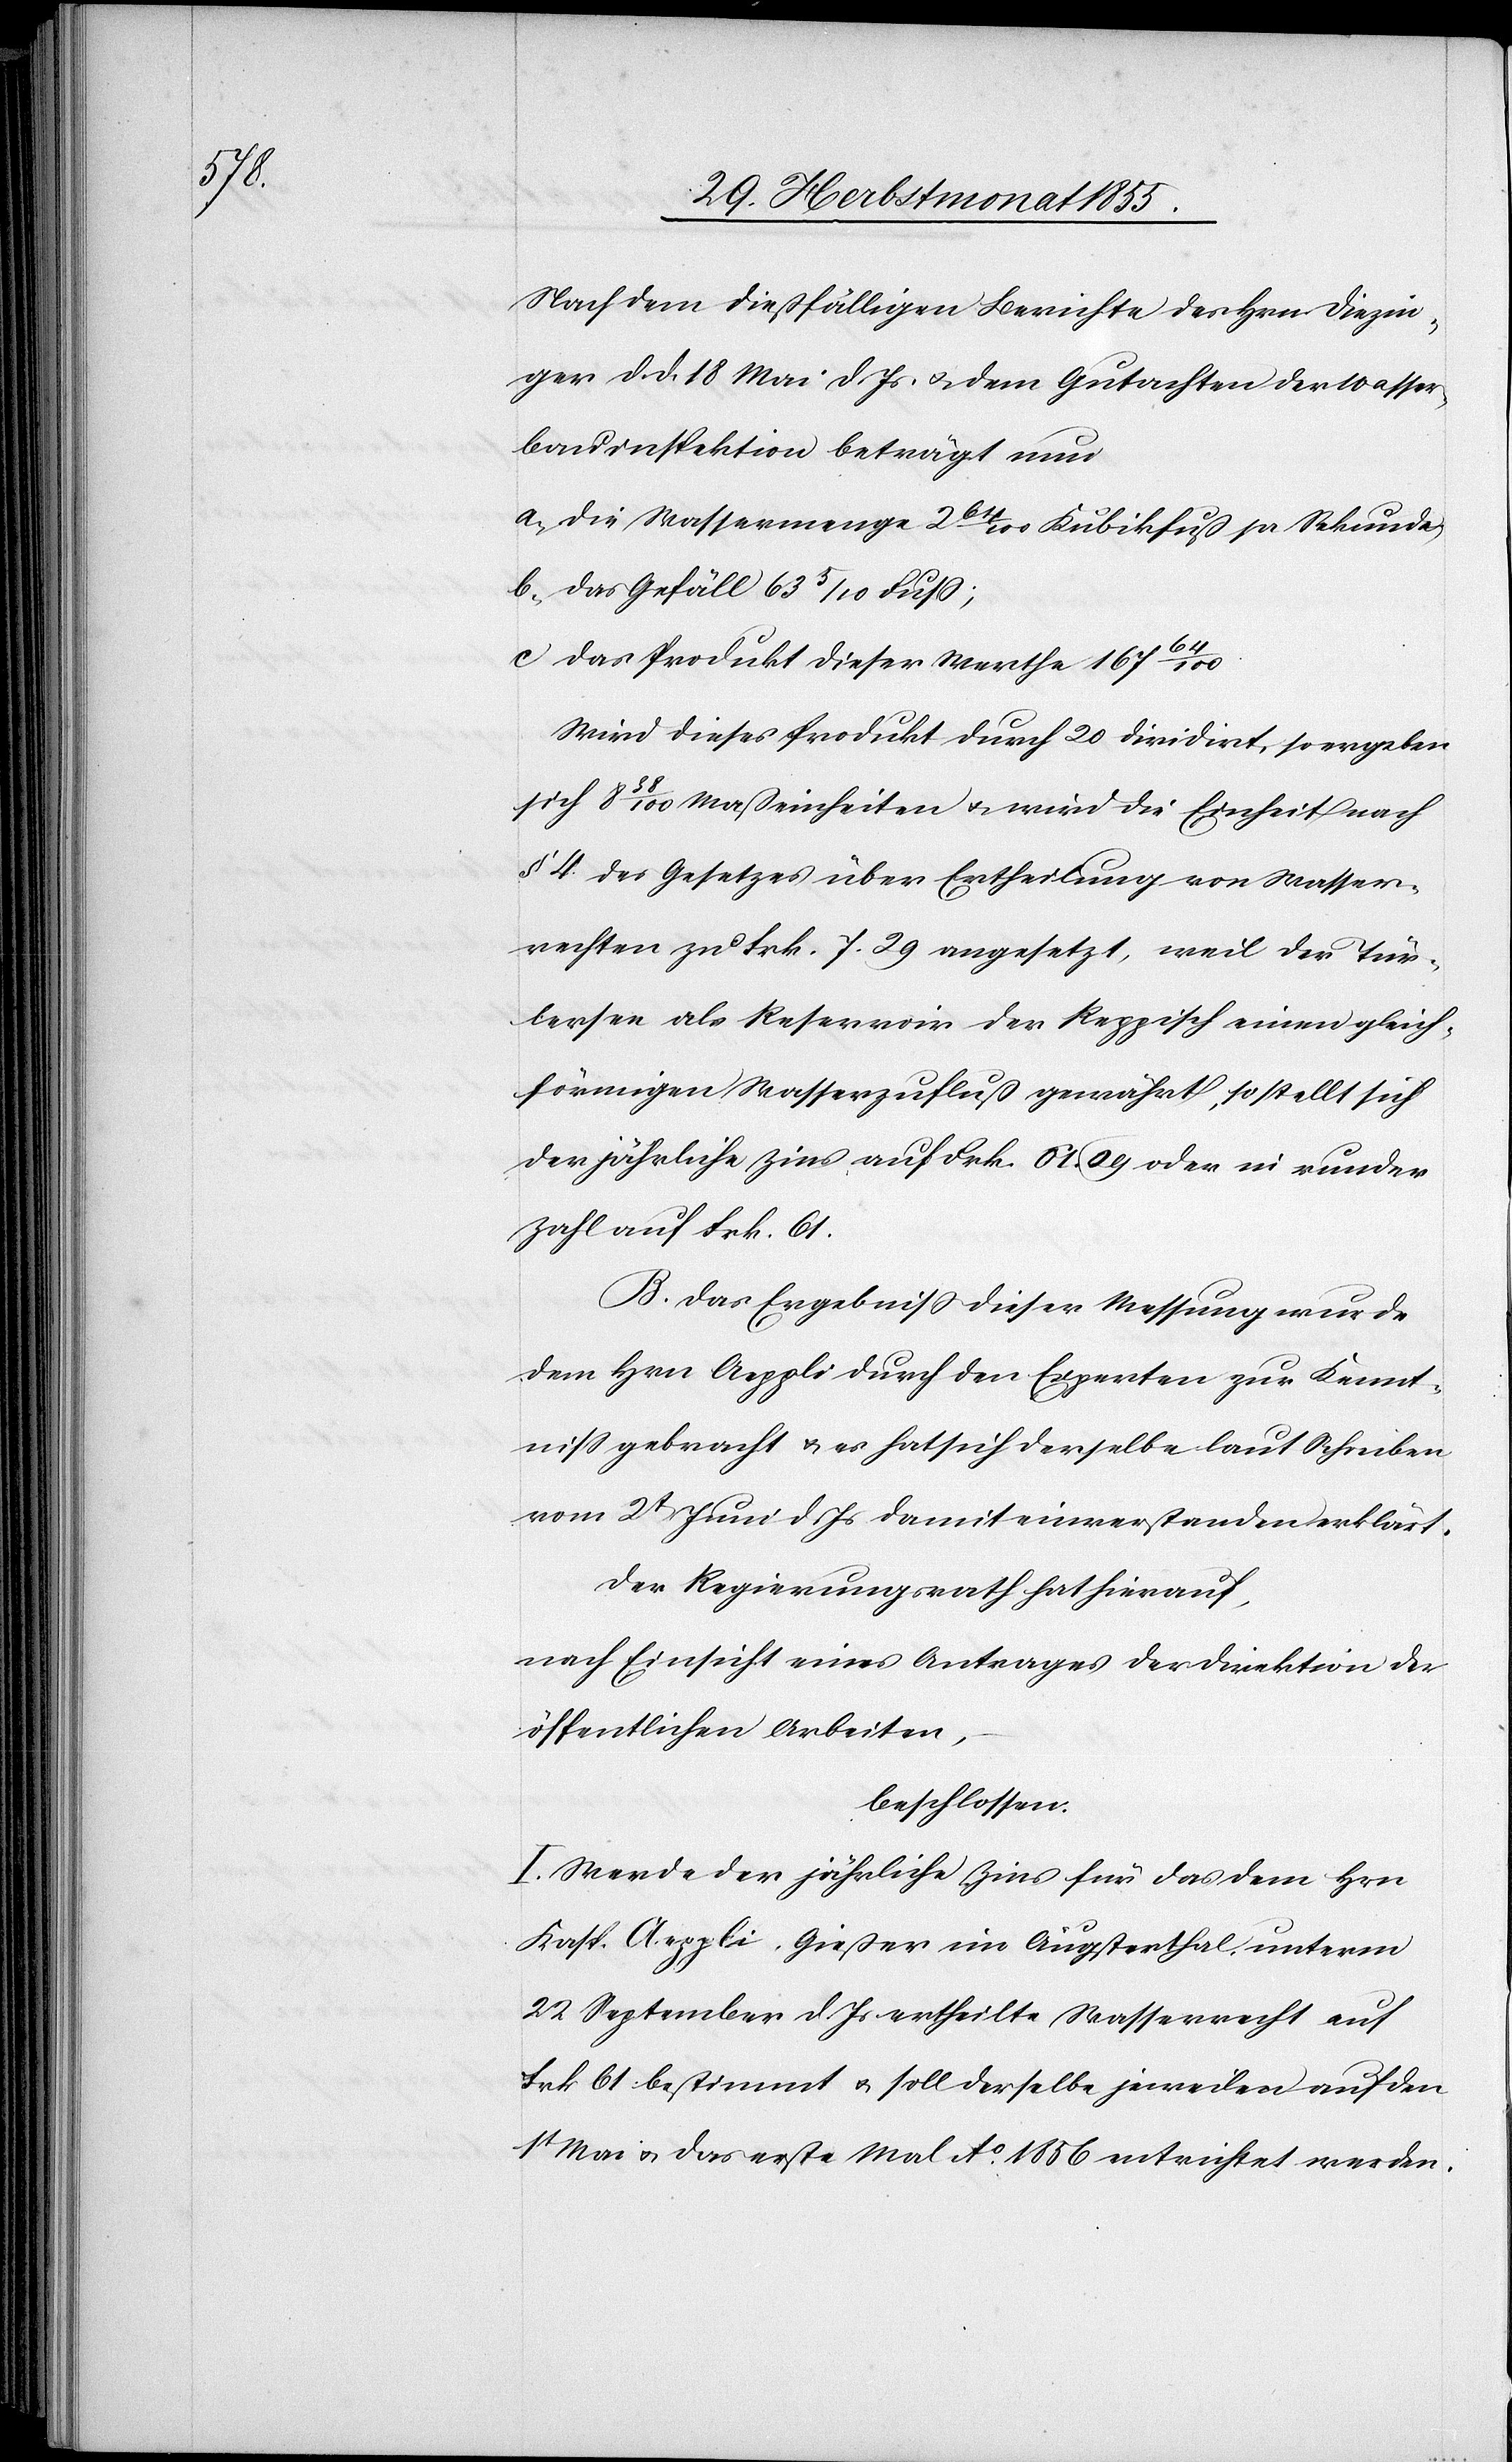
Nach dem dießfälligen Berichte des Hrn. Diezin¬
ger d. d. 18 Mai d. Js & dem Gutachten der Wasser¬
bauinspektion beträgt nun
a) die Wassermenge 2 64/100 Kubikfuß pr Sekunde;
b) das Gefäll 63 5/10 Fuss;
c) das Produkt dieser Werthe 167 64/100.
Wird dieses Produkt durch 20 dividirt, so ergeben
sich 8 38/100 Maßeinheiten & wird die Einheit nach
§ 4. des Gesetzes über Ertheilung von Wasser¬
rechten zu Frk. 7. 29 angesetzt, weil der Tür¬
lersee als Reservoir der Reppisch einen gleich¬
förmigen Wasserzufluß gewährt, so stellt sich
der jährliche Zins auf Frk. 61. 09 oder in runder
Zahl auf Frk. 61.
B. Das Ergebniss dieser Messung wurde
dem Hrn. Aeppli durch den Experten zur Kennt¬
niss gebracht & es hat sich derselbe laut Schreiben
vom 2t Juni d. Js damit einverstanden erklärt.
Der Regierungsrath hat hierauf,
nach Einsicht eines Antrages der Direktion der
öffentlichen Arbeiten,
beschlossen:
I. Werde der jährliche Zins für das dem Hrn.
Kasp. Aeppli, Gießer im Äugsterthal, unterm
22 September d. Js. ertheilte Wasserrecht auf
Frk. 61. bestimmt & soll derselbe jeweilen auf den
1t Mai & das erste Mal Ao. 1856 entrichtet werden.